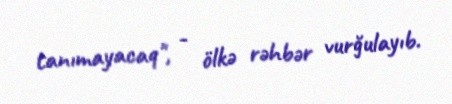
tanımayacaq", - ölkə rəhbər vurğulayıb.